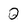
Character: Q